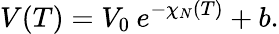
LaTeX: V(T)=V_{0}\: e^{-\chi_{N}(T)}+b.